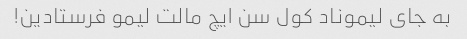
به جای لیموناد کول سن ایچ مالت لیمو فرستادین!